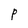
Character: P